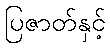
ပြဇာတ်နှင့်